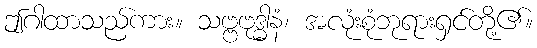
ဤဂါထာသည်ကား။ သဗ္ဗဗုဒ္ဓါနံ၊ အလုံးစုံဘုရားရှင်တို့၏။